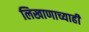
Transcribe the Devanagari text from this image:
लिखाणाच्याही